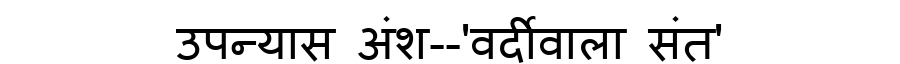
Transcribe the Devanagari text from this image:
उपन्यास अंश--'वर्दीवाला संत'